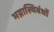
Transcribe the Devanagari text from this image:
भग्नास्थिबंधों